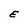
Character: E